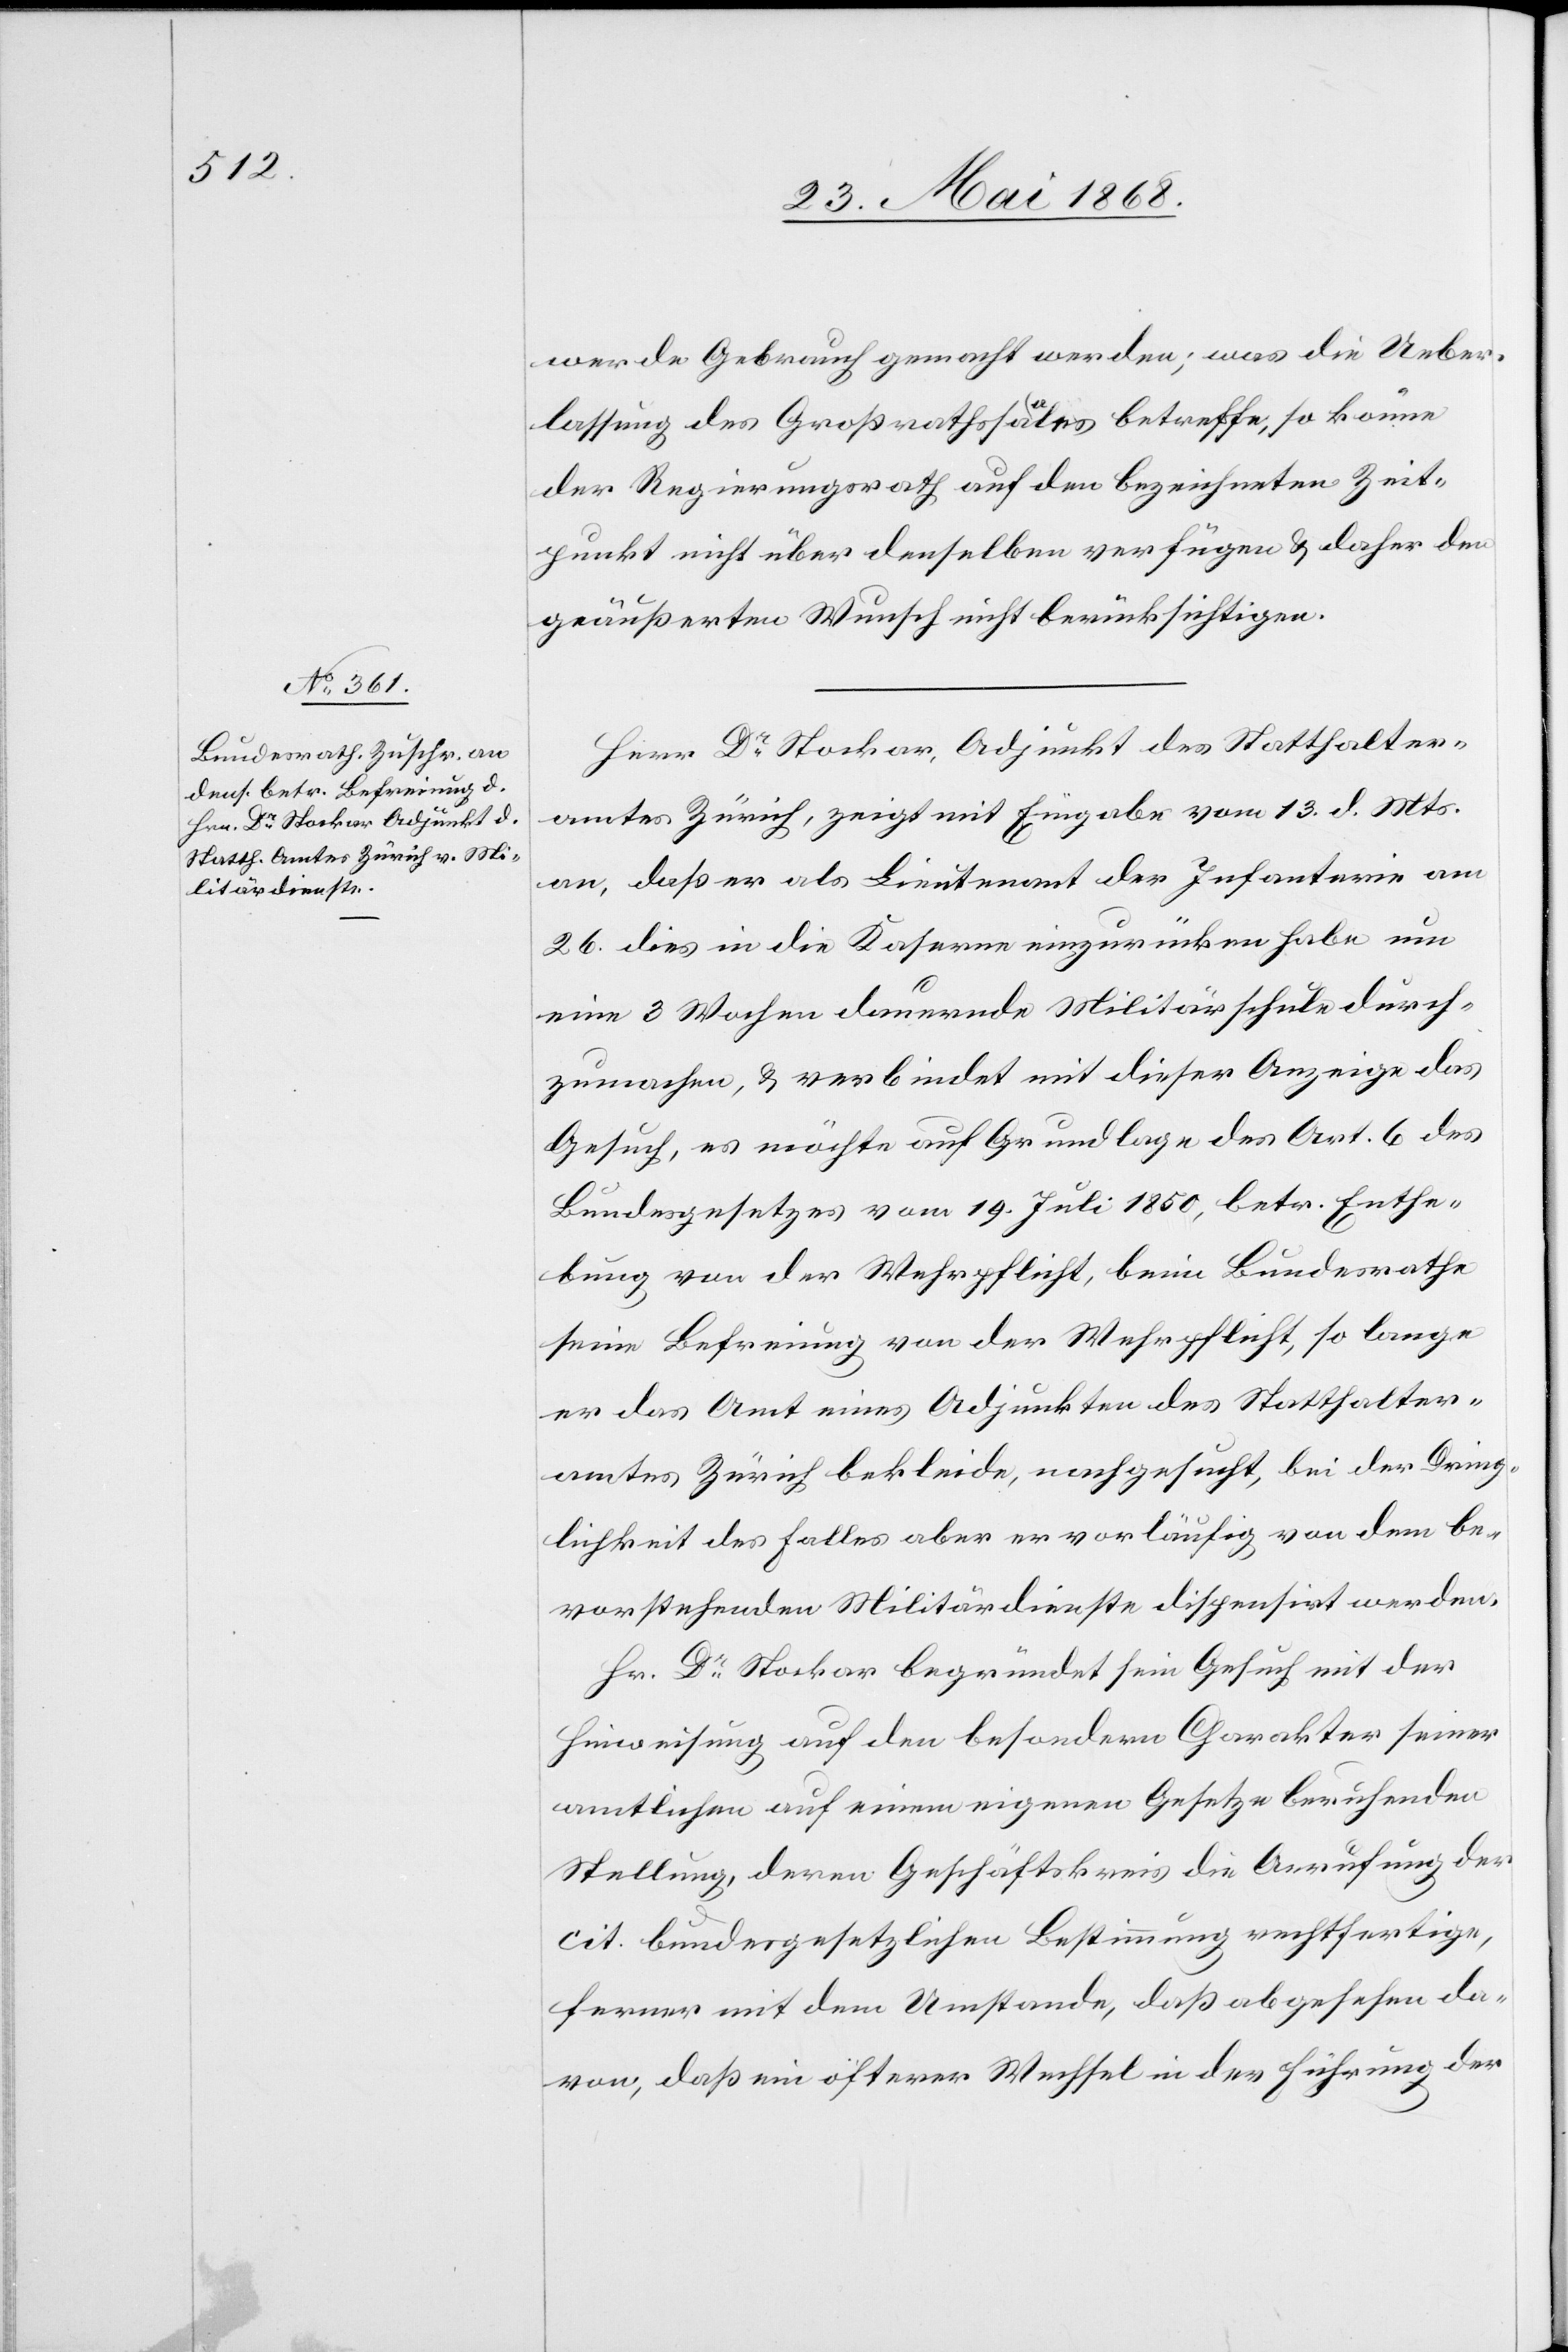
werde Gebrauch gemacht werden; was die Ueber¬
lassung des Großrathssaales betreffe, so könne
der Regierungsrath auf den bezeichneten Zeit¬
punkt nicht über denselben verfügen & daher den
geäußerten Wunsch nicht berücksichtigen.
Herr Dr. Stockar, Adjunkt des Statthalter¬
amtes Zürich, zeigt mit Eingabe vom 13. d. Mts.
an, daß er als Lieutenant der Infanterie am
26. dies in die Kaserne einzurücken habe um
eine 3 Wochen dauernde Militärschule durch¬
zumachen, & verbindet mit dieser Anzeige das
Gesuch, es möchte auf Grundlage des Art. 6 des
Bundesgesetzes vom 19. Juli 1850, betr. Enthe¬
bung von der Wehrpflicht, beim Bundesrathe
seine Befreiung von der Wehrpflicht, so lange
er das Amt eines Adjunkten des Statthalter¬
amtes Zürich bekleide, nachgesucht, bei der Dring¬
lichkeit des Falles aber er vorläufig von dem be¬
vorstehenden Militärdienste dispensirt werden.
Hr. Dr. Stockar begründet sein Gesuch mit der
Hinweisung auf den besondern Charakter seiner
amtlichen auf einem eigenen Gesetze beruhenden
Stellung, deren Geschäftskreis die Anrufung der
cit. bundesgesetzlichen Bestimmung rechtfertige,
ferner mit dem Umstande, daß abgesehen da¬
von, daß ein öfterer Wechsel in der Führung der